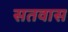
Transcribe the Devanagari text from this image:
सतवास